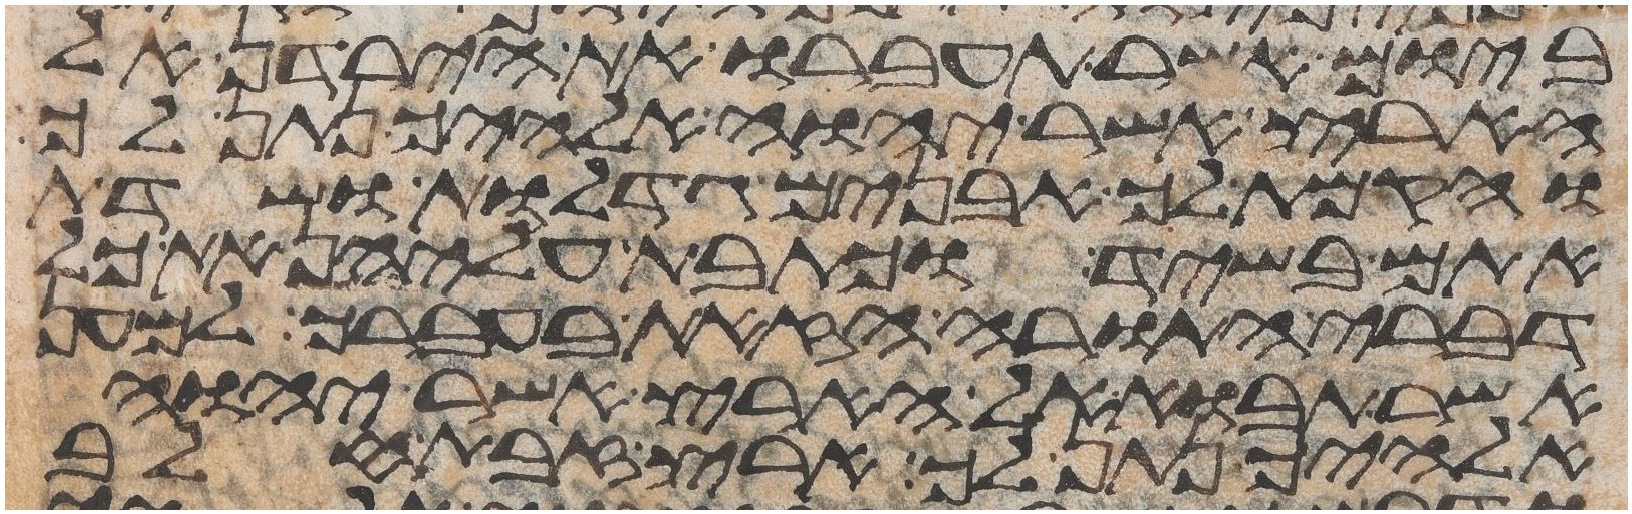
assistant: ביום אשר תעברו את הירדן אל
הארץ אשר יהוה אלהיך נתן לך
והקמת לך אבנים גדלות ושדת
אתם בשיד וכתבת עליהן את כל
דברי התורה הזאת בעברך למען
אשר תבוא אל הארץ אשר יהוה
אלהיך נתן לך ארץ זבת חלב